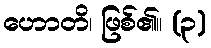
ဟောတိ၊ ဖြစ်၏။ (၃)